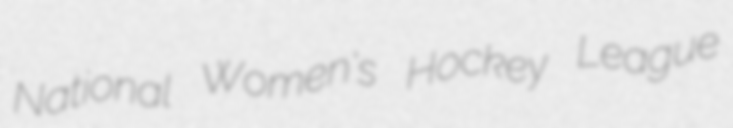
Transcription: National Women's Hockey League